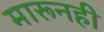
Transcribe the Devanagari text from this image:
मारूनही